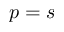
p = s